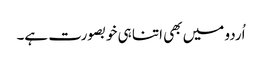
اُردو میں بھی اتنا ہی خوبصورت ہے۔